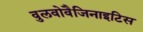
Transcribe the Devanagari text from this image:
वुलवोवैजिनाइटिस